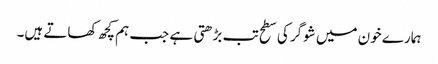
ہمارے خون میں شوگر کی سطح تب بڑھتی ہے جب ہم کچھ کھاتے ہیں۔